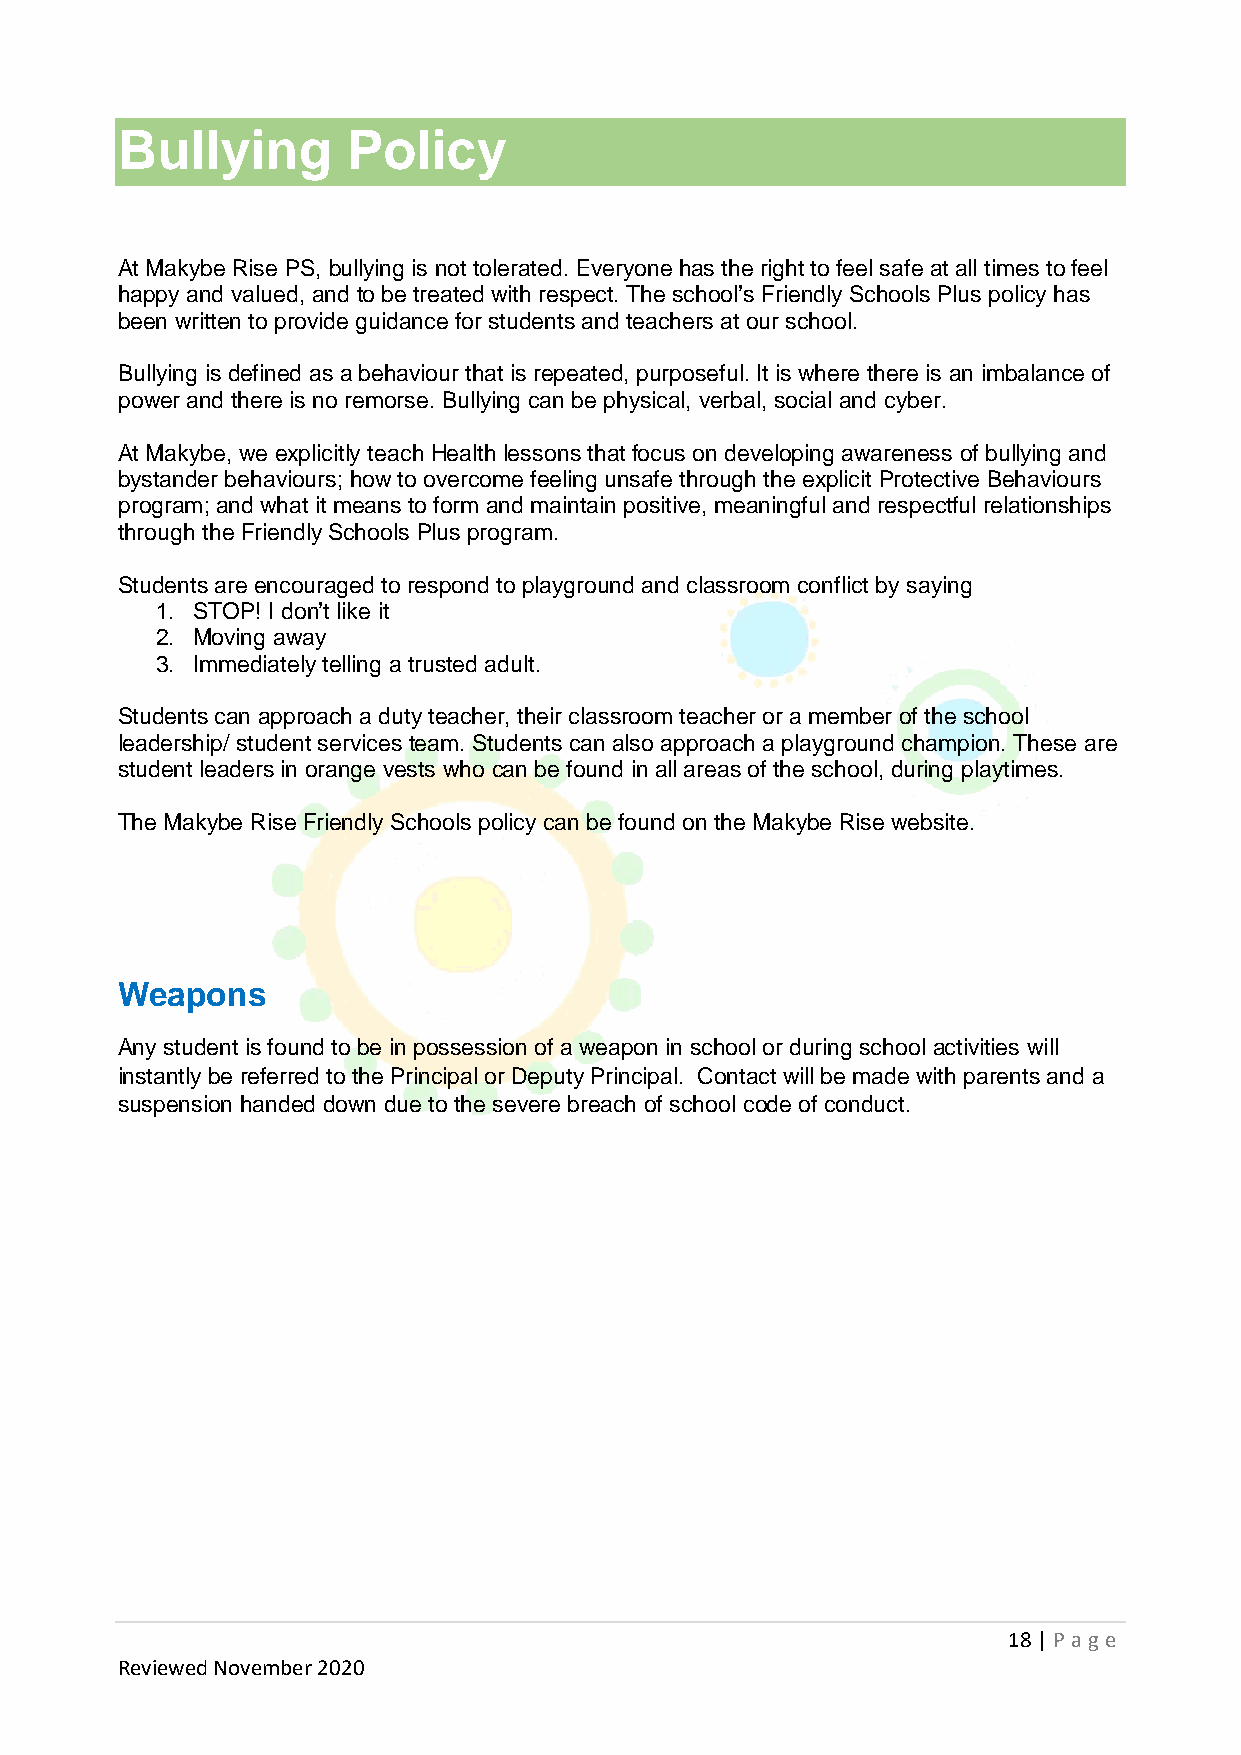
Bullying       Policy
 At Makybe Rise PS, bullying is not tolerated. Everyone has the right to feel safe at all times to feel
 happy and valued, and to be treated with respect. The school’s Friendly Schools Plus policy has
 been written to provide guidance for students and teachers at our school.
 Bullying is defined as a behaviour that is repeated, purposeful. It is where there is an imbalance of
 power and there is no remorse. Bullying can be physical, verbal, social and cyber.
 At Makybe, we explicitly teach Health lessons that focus on developing awareness of bullying and
 bystander behaviours; how to overcome feeling unsafe through the explicit Protective Behaviours
 program; and what it means to form and maintain positive, meaningful and respectful relationships
 through the Friendly Schools Plus program.
 Students are encouraged to respond to playground and classroom conflict by saying
 1. STOP! I don’t like it
 2. Moving away
 3. Immediately telling a trusted adult.
 Students can approach a duty teacher, their classroom teacher or a member of the school
 leadership/ student services team. Students can also approach a playground champion. These are
 student leaders in orange vests who can be found in all areas of the school, during playtimes.
 The Makybe Rise Friendly Schools policy can be found on the Makybe Rise website.
 Weapons
 Any student is found to be in possession of a weapon in school or during school activities will
 instantly be referred to the Principal or Deputy Principal. Contact will be made with parents and a
 suspension handed down due to the severe breach of school code of conduct.
 18 | P age
 Reviewed November 2020